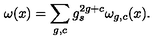
\omega ( x ) = \sum _ { g , c } g _ { s } ^ { 2 g + c } \omega _ { g , c } ( x ) .